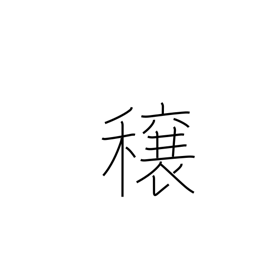
Meaning: good crops